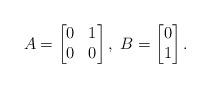
LaTeX: \begin{align*}A=\begin{bmatrix}0 & 1\\0 & 0\end{bmatrix},\;B=\begin{bmatrix}0\\1\end{bmatrix}.\end{align*}